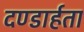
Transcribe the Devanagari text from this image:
दण्डार्हता